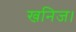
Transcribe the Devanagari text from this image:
खनिज।